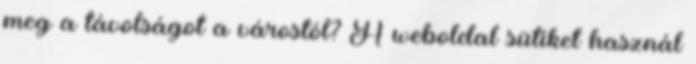
meg a távolságot a várostól? A weboldal sütiket használ